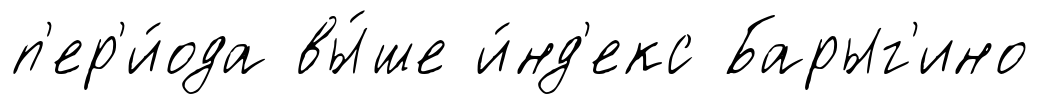
п'ер'и́ода вы́ше и́нд'екс Барыг'ино